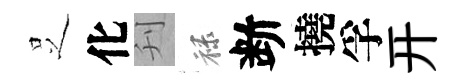
𠯁化刋禄断撓孚开